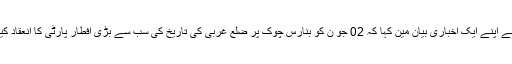
فضل احد نے اپنے ایک اخباری بیان مین کہا کہ 02 جو ن کو بنارس چوک پر ضلع غربی کی تاریخ کی سب سے بڑی افطار پارٹی کا انعقاد کیا جائے گا۔